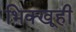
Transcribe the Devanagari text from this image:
भिक्खूही